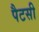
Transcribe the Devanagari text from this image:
पैटसी